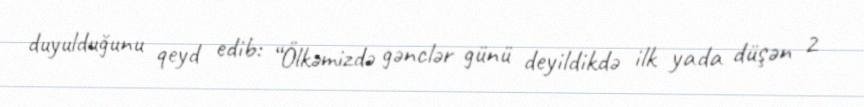
duyulduğunu qeyd edib: “Ölkəmizdə gənclər günü deyildikdə ilk yada düşən 2